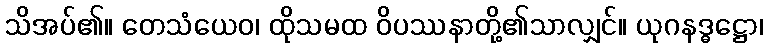
သိအပ်၏။ တေသံယေဝ၊ ထိုသမထ ဝိပဿနာတို့၏သာလျှင်။ ယုဂနဒ္ဓဋ္ဌော၊